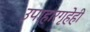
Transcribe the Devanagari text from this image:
उपाहारगृहेही